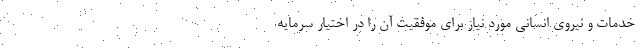
خدمات و نیروی انسانی مورد نیاز برای موفقیت آن را در اختیار سرمایه